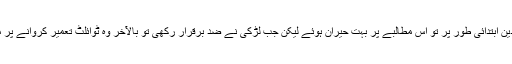
دولہے کے والدین ابتدائی طور پر تو اس مطالبے پر بہت حیران ہوئے لیکن جب لڑکی نے ضد برقرار رکھی تو بالآخر وہ ٹوائلٹ تعمیر کروانے پر مجبور ہو گئے۔